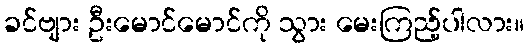
ခင်ဗျား ဦးမောင်မောင်ကို သွား မေးကြည့်ပါလား။